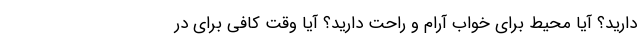
دارید؟ آیا محیط برای خواب آرام و راحت دارید؟ آیا وقت کافی برای در